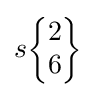
s{\begin{Bmatrix}2\\6\end{Bmatrix}}